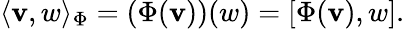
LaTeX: \langle\mathbf{v},w\rangle_{\Phi}=(\Phi(\mathbf{v}))(w)=[\Phi(\mathbf{v}),w].